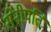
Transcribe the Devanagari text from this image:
सेनीपति